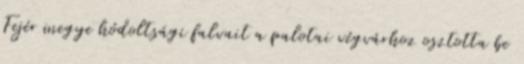
Fejér megye hódoltsági falvait a palotai végvárhoz osztotta be